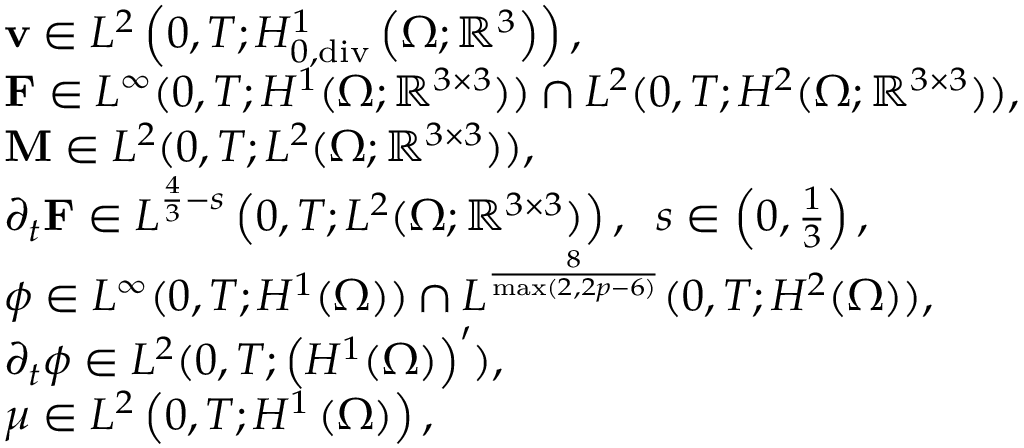
\begin{array} { r l } & { \mathbf { v } \in L ^ { 2 } \left( 0 , T ; H _ { 0 , \ensuremath { \operatorname { d i v } } } ^ { 1 } \left( \Omega ; \mathbb { R } ^ { 3 } \right) \right) , } \\ & { \mathbf { F } \in L ^ { \infty } ( 0 , T ; H ^ { 1 } ( \Omega ; \mathbb { R } ^ { 3 \times 3 } ) ) \cap L ^ { 2 } ( 0 , T ; H ^ { 2 } ( \Omega ; \mathbb { R } ^ { 3 \times 3 } ) ) , } \\ & { \mathbf { M } \in L ^ { 2 } ( 0 , T ; L ^ { 2 } ( \Omega ; \mathbb { R } ^ { 3 \times 3 } ) ) , } \\ & { \partial _ { t } \mathbf { F } \in L ^ { \frac { 4 } { 3 } - s } \left( 0 , T ; L ^ { 2 } ( \Omega ; \mathbb { R } ^ { 3 \times 3 } ) \right) , \; \; s \in \left( 0 , \frac { 1 } { 3 } \right) , } \\ & { \phi \in L ^ { \infty } ( 0 , T ; H ^ { 1 } ( \Omega ) ) \cap L ^ { \frac { 8 } { \operatorname* { m a x } ( 2 , 2 p - 6 ) } } ( 0 , T ; H ^ { 2 } ( \Omega ) ) , } \\ & { \partial _ { t } \phi \in L ^ { 2 } ( 0 , T ; \left( H ^ { 1 } ( \Omega ) \right) ^ { \prime } ) , } \\ & { \mu \in L ^ { 2 } \left( 0 , T ; H ^ { 1 } \left( \Omega \right) \right) , } \end{array}